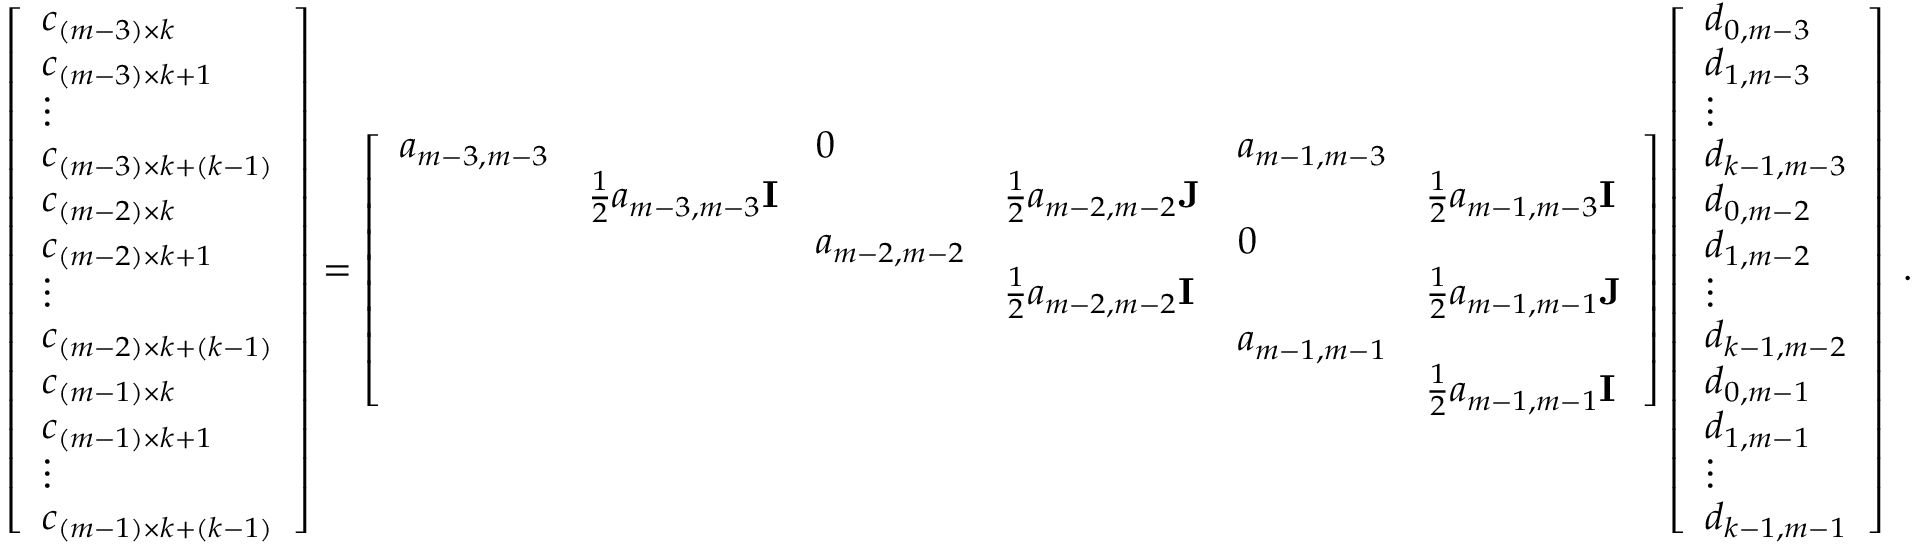
\begin{array} { r } { \left[ \begin{array} { l } { c _ { ( m - 3 ) \times k } } \\ { c _ { ( m - 3 ) \times k + 1 } } \\ { \vdots } \\ { c _ { ( m - 3 ) \times k + ( k - 1 ) } } \\ { c _ { ( m - 2 ) \times k } } \\ { c _ { ( m - 2 ) \times k + 1 } } \\ { \vdots } \\ { c _ { ( m - 2 ) \times k + ( k - 1 ) } } \\ { c _ { ( m - 1 ) \times k } } \\ { c _ { ( m - 1 ) \times k + 1 } } \\ { \vdots } \\ { c _ { ( m - 1 ) \times k + ( k - 1 ) } } \end{array} \right] = \left[ \begin{array} { l l l l l l } { a _ { m - 3 , m - 3 } } & & { 0 } & & { a _ { m - 1 , m - 3 } } & \\ & { \frac { 1 } { 2 } a _ { m - 3 , m - 3 } { \bf I } } & & { \frac { 1 } { 2 } a _ { m - 2 , m - 2 } { \bf J } } & & { \frac { 1 } { 2 } a _ { m - 1 , m - 3 } { \bf I } } \\ & & { a _ { m - 2 , m - 2 } } & & { 0 } & \\ & & & { \frac { 1 } { 2 } a _ { m - 2 , m - 2 } { \bf I } } & & { \frac { 1 } { 2 } a _ { m - 1 , m - 1 } { \bf J } } \\ & & & & { a _ { m - 1 , m - 1 } } & \\ & & & & & { \frac { 1 } { 2 } a _ { m - 1 , m - 1 } { \bf I } } \end{array} \right] \left[ \begin{array} { l } { d _ { 0 , m - 3 } } \\ { d _ { 1 , m - 3 } } \\ { \vdots } \\ { d _ { k - 1 , m - 3 } } \\ { d _ { 0 , m - 2 } } \\ { d _ { 1 , m - 2 } } \\ { \vdots } \\ { d _ { k - 1 , m - 2 } } \\ { d _ { 0 , m - 1 } } \\ { d _ { 1 , m - 1 } } \\ { \vdots } \\ { d _ { k - 1 , m - 1 } } \end{array} \right] \; . } \end{array}